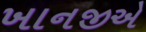
ખાનજીએ